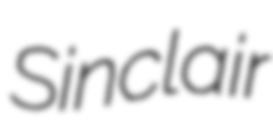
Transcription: Sinclair